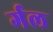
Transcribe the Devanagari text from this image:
र्गल